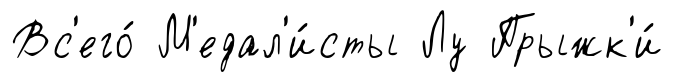
Вс'его́ М'едал'и́сты Лу Прыжк'и́